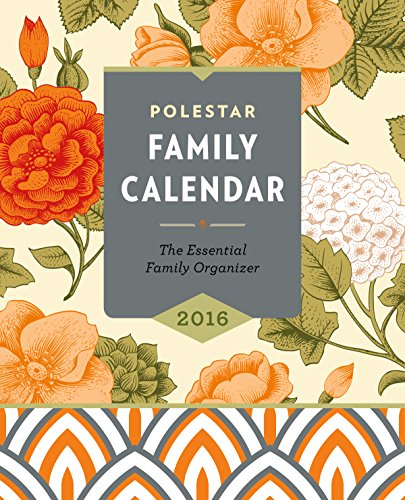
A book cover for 2016 Polestar Family Calendar: A Family Time Planner & Home Management Guide; Self-Help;